Leaving Certificate, 1896
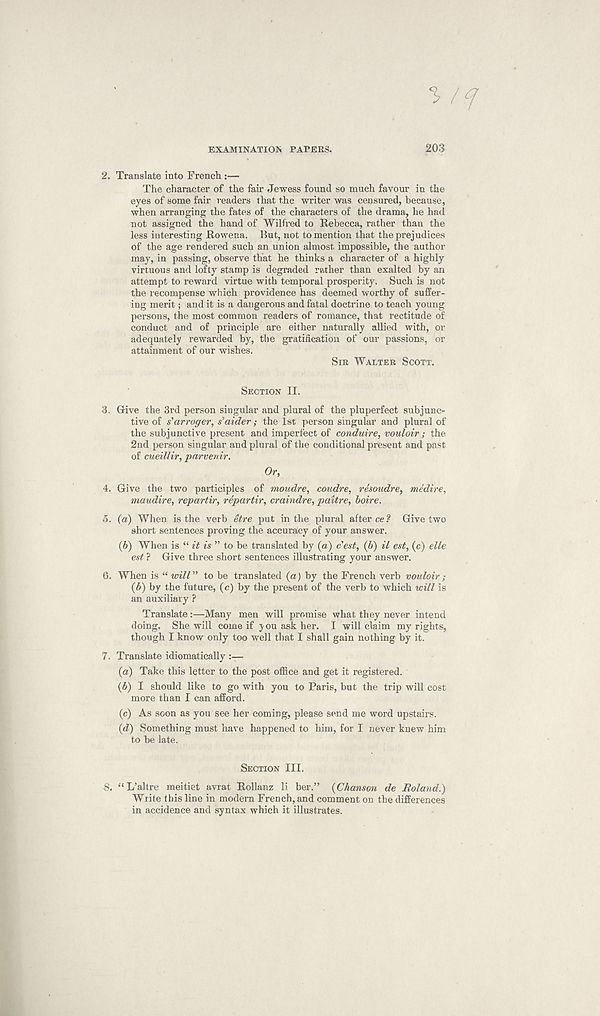
EXAMINATION PAPERS.
203
2.
Translate into French :—
The character of the fair Jewess found so much favour in the
eyes of some fair readers that the writer was censured, because,
when arranging the fates of the characters of the drama, he had
not assigned the hand of Wilfred to Rebecca, rather than the
less interesting Rowena. But, not to mention that the prejudices
of the age rendered such an union almost impossible, the author
may, in passing, observe that he thinks a character of a highly
virtuous and lofty stamp is degraded rather than exalted by an
attempt to reward virtue with temporal prosperity. Such is not
the recompense which providence has deemed worthy of suffer-
ing merit; and it is a dangerous and fatal doctrine to teach young
persons, the most common readers of romance, that rectitude of
conduct and of principle are either naturally allied with, or
adequately rewarded by, the gratification of our passions, or
attainment of our wishes.
SIR WALTER SCOTT.
SECTION II.
3. Give the 3rd person singular and plural of the pluperfect subjunc-
tive of s'arroger, s'aider; the 1st person singular and plural of
the subjunctive present and imperfect of conduire, vouloir ; the
2nd person singular and plural of the conditional present and past
of cueillir, parvenir.
Or,
4. Give the two participles of moudre, coudre, resoudre, medire,
maudire, repartir, repartir, craindre, paitre, boire.
5. (a) When is the verb etre put in the plural after ce ? Give two
short sentences proving the accuracy of your answer.
(6) When is “ it is ” to be translated by (a) c'est, (6) il est, (c) elle
est ? Give three short sentences illustrating your answer.
6. When is “ will” to be translated (a) by the French verb vouloir;
(b)
by the future, (c) by the present
an auxiliary ?
Translate:—Many men will promise what they never intend
doing. She will come if you ask her. I will claim my rights,
though I know only too well that I shall gain nothing by it.
7. Translate idiomatically :—
(a) Take this letter to the post office and get it registered.
(b) I should like to go with you to Paris, but the trip will cost
more than I can afford.
(c) As soon as you see her coming, please send me word upstairs.
(d) Something must have happened to him, for I never knew him
to be late.
SECTION III.
8.
“ L’altre meitiet avrat Rollanz li ber.” (Chanson
Write this line in modern French, and comment on the differences
in accidence and syntax which it illustrates.